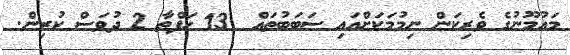
މައުމޫނުގެ ވެރިކަން ނިމުމަކަށްއައި ސަބަބުތައް  13 ހަފްތާ 2 ދުވަސް ކުރިން.